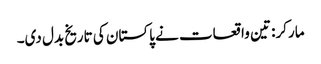
مارکر: تین واقعات نے پاکستان کی تاریخ بدل دی۔